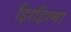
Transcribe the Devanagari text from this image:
झिझिमा